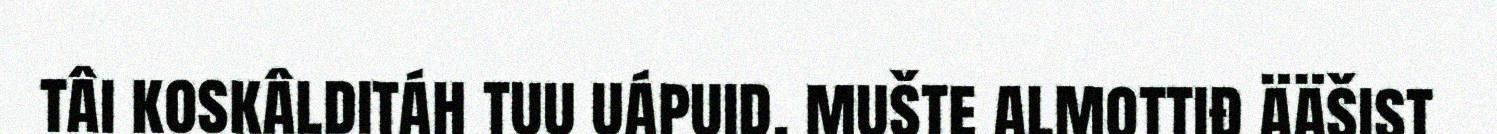
tâi koskâlditáh tuu uápuid, mušte almottiđ ääšist